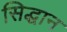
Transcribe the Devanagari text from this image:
सिद्धान